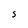
Character: s